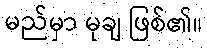
မည်မှာ မုချ ဖြစ်၏။